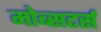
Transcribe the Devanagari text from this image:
मोब्सटर्स